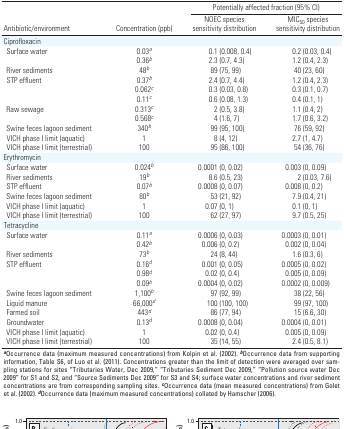
<table><thead><tr><td colspan="3"><b>Potentially affected fraction (95% CI)</b></td></tr><tr><td colspan="2"><b>Antibiotic/environment</b></td><td><b>Concentration (ppb)</b></td><td><b>NOEC species sensitivity distribution</b></td><td><b>MIC<sub>50</sub> species sensitivity distribution</b></td></tr></thead><tbody><tr><td colspan="2">Ciprofloxacin</td><td></td><td></td><td></td><td></td><td></td><td></td></tr><tr><td></td><td>Surface water</td><td></td><td>0.03a</td><td></td><td>0.1 (0.008, 0.4)</td><td></td><td>0.2 (0.03, 0.4)</td></tr><tr><td></td><td></td><td></td><td>0.36b</td><td></td><td>2.3 (0.7, 4.3)</td><td></td><td>1.2 (0.4, 2.3)</td></tr><tr><td></td><td>River sediments</td><td></td><td>48b</td><td></td><td>89 (75, 99)</td><td></td><td>40 (23, 60)</td></tr><tr><td></td><td>STP effluent</td><td></td><td>0.37b</td><td></td><td>2.4 (0.7, 4.4)</td><td></td><td>1.2 (0.4, 2.3)</td></tr><tr><td></td><td></td><td></td><td>0.062c</td><td></td><td>0.3 (0.03, 0.8)</td><td></td><td>0.3 (0.1, 0.7)</td></tr><tr><td></td><td></td><td></td><td>0.11c</td><td></td><td>0.6 (0.08, 1.3)</td><td></td><td>0.4 (0.1, 1)</td></tr><tr><td></td><td>Raw sewage</td><td></td><td>0.313c</td><td></td><td>2 (0.5, 3.8)</td><td></td><td>1.1 (0.4, 2)</td></tr><tr><td></td><td></td><td></td><td>0.568c</td><td></td><td>4 (1.6, 7)</td><td></td><td>1.7 (0.6, 3.2)</td></tr><tr><td></td><td>Swine feces lagoon sediment</td><td></td><td>340b</td><td></td><td>99 (95, 100)</td><td></td><td>76 (59, 92)</td></tr><tr><td></td><td>VICH phase I limit (aquatic)</td><td></td><td>1</td><td></td><td>8 (4, 12)</td><td></td><td>2.7 (1, 4.7)</td></tr><tr><td></td><td>VICH phase I limit (terrestrial)</td><td></td><td>100</td><td></td><td>95 (86, 100)</td><td></td><td>54 (36, 76)</td></tr><tr><td colspan="2">Erythromycin</td><td></td><td></td><td></td><td></td><td></td><td></td></tr><tr><td></td><td>Surface water</td><td></td><td>0.024b</td><td></td><td>0.0001 (0, 0.02)</td><td></td><td>0.003 (0, 0.09)</td></tr><tr><td></td><td>River sediments</td><td></td><td>19b</td><td></td><td>8.6 (0.5, 23)</td><td></td><td>2 (0.03, 7.6)</td></tr><tr><td></td><td>STP effluent</td><td></td><td>0.07b</td><td></td><td>0.0008 (0, 0.07)</td><td></td><td>0.008 (0, 0.2)</td></tr><tr><td></td><td>Swine feces lagoon sediment</td><td></td><td>80b</td><td></td><td>53 (21, 92)</td><td></td><td>7.9 (0.4, 21)</td></tr><tr><td></td><td>VICH phase I limit (aquatic)</td><td></td><td>1</td><td></td><td>0.07 (0, 1)</td><td></td><td>0.1 (0, 1)</td></tr><tr><td></td><td>VICH phase I limit (terrestrial)</td><td></td><td>100</td><td></td><td>62 (27, 97)</td><td></td><td>9.7 (0.5, 25)</td></tr><tr><td colspan="2">Tetracycline</td><td></td><td></td><td></td><td></td><td></td><td></td></tr><tr><td></td><td>Surface water</td><td></td><td>0.11a</td><td></td><td>0.0006 (0, 0.03)</td><td></td><td>0.0003 (0, 0.01)</td></tr><tr><td></td><td></td><td></td><td>0.42b</td><td></td><td>0.006 (0, 0.2)</td><td></td><td>0.002 (0, 0.04)</td></tr><tr><td></td><td>River sediments</td><td></td><td>73b</td><td></td><td>24 (8, 44)</td><td></td><td>1.6 (0.3, 6)</td></tr><tr><td></td><td>STP effluent</td><td></td><td>0.16d</td><td></td><td>0.001 (0, 0.05)</td><td></td><td>0.0005 (0, 0.02)</td></tr><tr><td></td><td></td><td></td><td>0.98d</td><td></td><td>0.02 (0, 0.4)</td><td></td><td>0.005 (0, 0.09)</td></tr><tr><td></td><td></td><td></td><td>0.09b</td><td></td><td>0.0004 (0, 0.02)</td><td></td><td>0.0002 (0, 0.009)</td></tr><tr><td></td><td>Swine feces lagoon sediment</td><td></td><td>1,100b</td><td></td><td>97 (92, 99)</td><td></td><td>38 (22, 56)</td></tr><tr><td></td><td>Liquid manure</td><td></td><td>66,000d</td><td></td><td>100 (100, 100)</td><td></td><td>99 (97, 100)</td></tr><tr><td></td><td>Farmed soil</td><td></td><td>443d</td><td></td><td>86 (77, 94)</td><td></td><td>15 (6.6, 30)</td></tr><tr><td></td><td>Groundwater</td><td></td><td>0.13d</td><td></td><td>0.0008 (0, 0.04)</td><td></td><td>0.0004 (0, 0.01)</td></tr><tr><td></td><td>VICH phase I limit (aquatic)</td><td></td><td>1</td><td></td><td>0.02 (0, 0.4)</td><td></td><td>0.005 (0, 0.09)</td></tr><tr><td></td><td>VICH phase I limit (terrestrial)</td><td></td><td>100</td><td></td><td>35 (14, 55)</td><td></td><td>2.4 (0.5, 8.1)</td></tr><tr><td colspan="8">aOccurrence data (maximum measured concentrations) fromKolpin et al. (2002). bOccurrence data from supporting information,Table S6, of Luo et al. (2011). Concentrations greater than the limit ofdetection were averaged over sampling stations for sites “TributariesWater, Dec 2009,” “Tributaries Sediment Dec 2009,” “Pollution sourcewater Dec 2009” for S1 and S2, and “Source Sediments Dec 2009” for S3and S4; surface water concentrations and river sediment concentrationsare from corresponding sampling sites. cOccurrence data (mean measuredconcentrations) from Golet et al. (2002). dOccurrence data (maximummeasured concentrations) collated by Hamscher (2006). </td></tr></tbody></table>